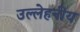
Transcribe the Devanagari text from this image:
उल्लेहनीय